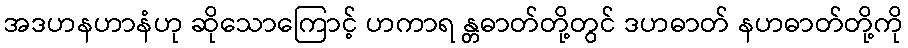
အဒဟနဟာနံဟု ဆိုသောကြောင့် ဟကာရ န္တဓာတ်တို့တွင် ဒဟဓာတ် နဟဓာတ်တို့ကို